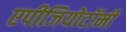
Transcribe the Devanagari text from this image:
एपीजियोटॉमी